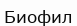
Биофил